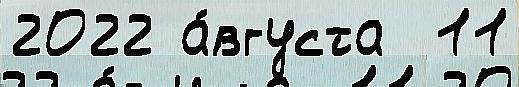
2022 а́вгуста  11